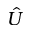
\hat { U }